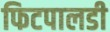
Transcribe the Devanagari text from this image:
फिटपालडी